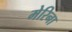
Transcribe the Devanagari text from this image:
मेरिना